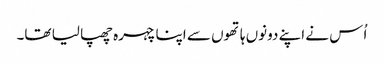
اُس نے اپنے دونوں ہاتھوں سے اپنا چہرہ چھپا لیا تھا۔